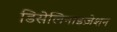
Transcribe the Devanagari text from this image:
डिसेलिनाइज़ेशन